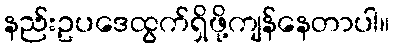
နည်းဥပဒေထွက်ရှိဖို့ကျန်နေတာပါ။